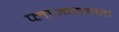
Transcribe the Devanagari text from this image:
प्लाज़्मालेमा